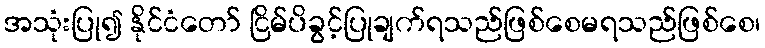
အသုံးပြု၍ နိုင်ငံတော် ငြိမ်ပိခွင့်ပြုချက်ရသည်ဖြစ်စေမရသည်ဖြစ်စေ၊